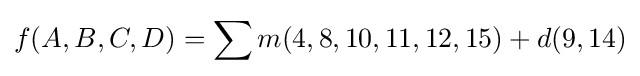
f(A,B,C,D)=\sum m(4,8,10,11,12,15)+d(9,14)